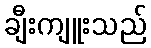
ချီးကျူးသည်